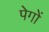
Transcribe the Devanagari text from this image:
पेगों